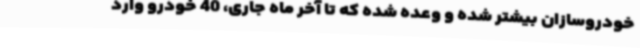
خودروسازان بیشتر شده و وعده شده که تا آخر ماه جاری، 40 خودرو وارد